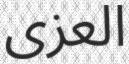
العزى